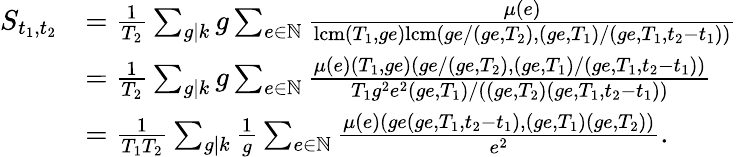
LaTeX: \begin{array}{rl}{S_{t_{1},t_{2}}}&{=\frac{1}{T_{2}}\sum_{g\mid k}g\sum_{e\in\mathbb{N}}\frac{\mu(e)}{\textup{lcm}(T_{1},ge)\textup{lcm}(ge/(ge,T_{2}),(ge,T_{1})/(ge,T_{1},t_{2}-t_{1}))}}\\ &{=\frac{1}{T_{2}}\sum_{g\mid k}g\sum_{e\in\mathbb{N}}\frac{\mu(e)(T_{1},ge)(ge/(ge,T_{2}),(ge,T_{1})/(ge,T_{1},t_{2}-t_{1}))}{T_{1}g^{2}e^{2}(ge,T_{1})/((ge,T_{2})(ge,T_{1},t_{2}-t_{1}))}}\\ &{=\frac{1}{T_{1}T_{2}}\sum_{g\mid k}\frac{1}{g}\sum_{e\in\mathbb{N}}\frac{\mu(e)(ge(ge,T_{1},t_{2}-t_{1}),(ge,T_{1})(ge,T_{2}))}{e^{2}}.}\end{array}